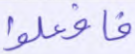
فافعلوا